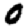
Digit: 0